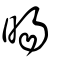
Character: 暘